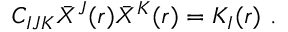
C _ { I J K } \bar { X } ^ { J } ( r ) \bar { X } ^ { K } ( r ) = K _ { I } ( r ) \ .